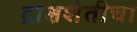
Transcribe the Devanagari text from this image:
द्राक्षशेतीचा